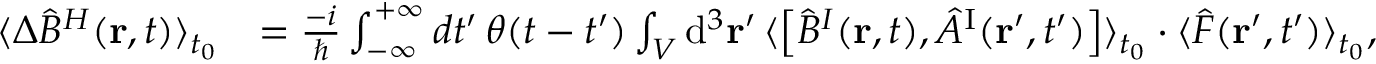
\begin{array} { r l } { \langle \Delta \hat { B } ^ { H } ( { \bf r } , t ) \rangle _ { t _ { 0 } } } & { = \frac { - i } { \hbar } \int _ { - \infty } ^ { + \infty } d t ^ { \prime } \, \theta ( t - t ^ { \prime } ) \int _ { \cal V } \mathrm { d } ^ { 3 } { \bf r } ^ { \prime } \, \langle \left[ \hat { B } ^ { I } ( { \bf r } , t ) , \hat { A } ^ { \mathrm { I } } ( { \bf r } ^ { \prime } , t ^ { \prime } ) \right] \rangle _ { t _ { 0 } } \cdot \langle \hat { F } ( { \bf r } ^ { \prime } , t ^ { \prime } ) \rangle _ { t _ { 0 } } , } \end{array}